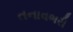
તનાવભરી